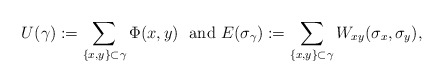
\begin{align*}U(\gamma ):=\sum_{\left\{ x,y\right\} \subset \gamma }\Phi (x,y)\text{ \ and\ }E(\sigma _{\gamma }):=\sum_{\left\{ x,y\right\} \subset \gamma}W_{xy}(\sigma _{x},\sigma _{y}), \end{align*}